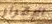
الإقرار